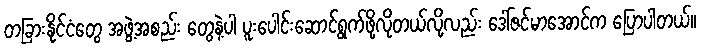
တခြားနိုင်ငံတွေ အဖွဲ့အစည်း တွေနဲ့ပါ ပူးပေါင်းဆောင်ရွက်ဖို့လိုတယ်လို့လည်း ဒေါ်ဇင်မာအောင်က ပြောပါတယ်။